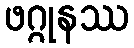
ဖဂ္ဂုနဿ